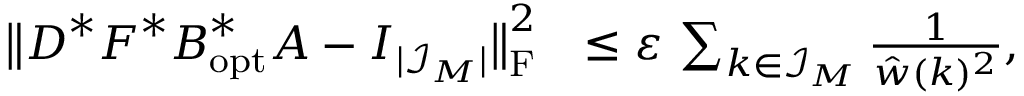
\begin{array} { r l } { \big \| \boldsymbol D ^ { * } \boldsymbol F ^ { * } \boldsymbol B _ { \mathrm { o p t } } ^ { * } \boldsymbol A - \boldsymbol I _ { | \mathcal I _ { \boldsymbol M } | } \big \| _ { \mathrm F } ^ { 2 } } & { \leq \varepsilon \, \sum _ { \boldsymbol k \in \mathcal I _ { \boldsymbol M } } \frac 1 { \hat { w } ( \boldsymbol k ) ^ { 2 } } , } \end{array}